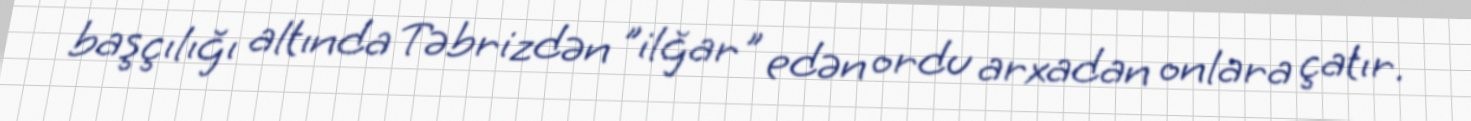
başçılığı altında Təbrizdən "ilğar" edən ordu arxadan onlara çatır.